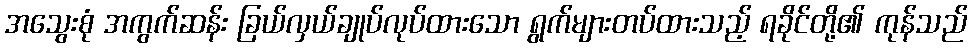
အသွေးစုံ အကွက်ဆန်း ခြယ်လှယ်ချုပ်လုပ်ထားသော ရွက်များတပ်ထားသည့် ရခိုင်တို့၏ ကုန်သည်